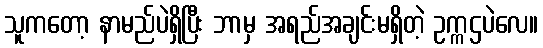
သူကတော့ နာမည်ပဲရှိပြီး ဘာမှ အရည်အချင်းမရှိတဲ့ ဥက္ကဌပဲလေ။